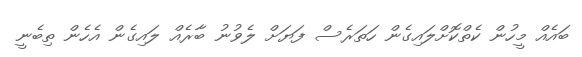
ބައެއް މީހުން ކެތްކޮށްލައިގެން ހަތަރެސް ފަޔަށް ލެވުނު ބާރެއް ލައިގެން އެހެން ތިބެނީ